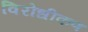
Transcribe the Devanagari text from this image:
विरोधीकण